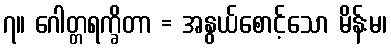
၇။ ဂေါတ္တရက္ခိတာ = အနွယ်စောင့်သော မိန်းမ၊